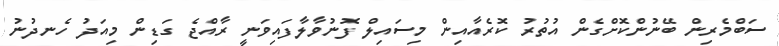
ސަބްމެރިން ބޭނުންކޮށްގެން އުތުރު ކޮރެއާއިން މިސައިލް ފޮނުވާލާފައިވަނީ ރާއްޖެ ގަޑިން މިއަދު ހެނދުނު